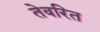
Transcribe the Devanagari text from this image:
तेवरित